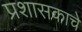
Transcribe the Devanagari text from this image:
प्रशासकाचे